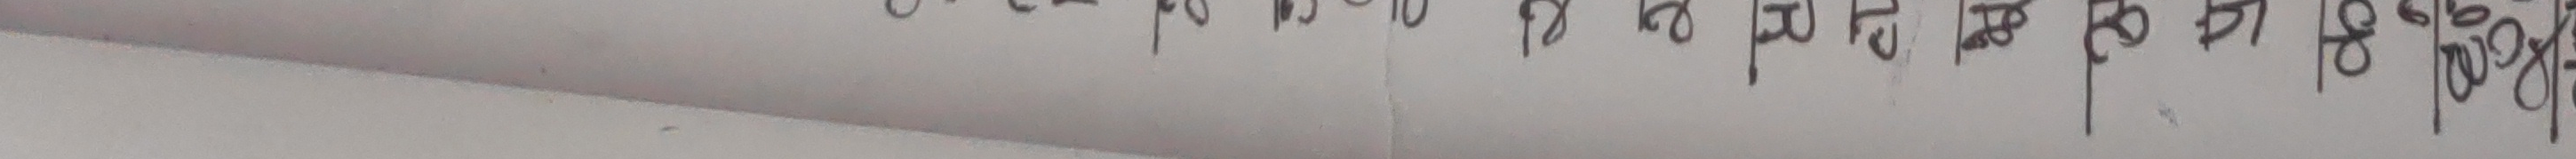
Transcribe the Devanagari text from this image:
१३ १४ १५ १६ १७ १८ १९ २०